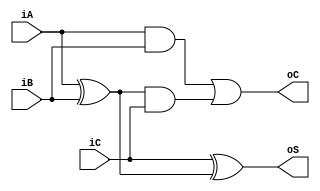
`timescale 1ns / 1ps
//////////////////////////////////////////////////////////////////////////////////
// Company: 
// Engineer: 
// 
// Design Name: 
// Module Name: Adder
// Project Name: 
// Target Devices: 
// Tool Versions: 
// Description: 
// 
// Dependencies: 
// 
// Revision:
// Revision 0.01 - File Created
// Additional Comments:
// 
//////////////////////////////////////////////////////////////////////////////////

module FA(
    input iA,
    input iB,
    input iC,
    output oS,
    output oC
    );
    wire tmp1;
    xor n1(tmp1,iA,iB);
    xor n2(oS,iC,tmp1);
    wire tmp2;
    wire tmp3;
    and a1(tmp2,iA,iB);
    and a2(tmp3,tmp1,iC);
    or o1(oC,tmp2,tmp3);
    
endmodule


module Adder(
    input [7:0] iData_a,
    input [7:0] iData_b,
    input iC,
    output [7:0] oData,
    output oData_C
    );
    wire tmp0;
    FA f0(iData_a[0],iData_b[0],iC,oData[0],tmp0);
    wire tmp1;
    FA f1(iData_a[1],iData_b[1],tmp0,oData[1],tmp1);
    wire tmp2;
    FA f2(iData_a[2],iData_b[2],tmp1,oData[2],tmp2);
    wire tmp3;
    FA f3(iData_a[3],iData_b[3],tmp2,oData[3],tmp3);
    wire tmp4;
    FA f4(iData_a[4],iData_b[4],tmp3,oData[4],tmp4);
    wire tmp5;
    FA f5(iData_a[5],iData_b[5],tmp4,oData[5],tmp5);
    wire tmp6;
    FA f6(iData_a[6],iData_b[6],tmp5,oData[6],tmp6);
    wire tmp7;
    FA f7(iData_a[7],iData_b[7],tmp6,oData[7],oData_C);
    
endmodule